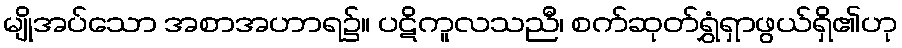
မျိုအပ်သော အစာအဟာရ၌။ ပဋိကူလသညီ၊ စက်ဆုတ်ရွှံရှာဖွယ်ရှိ၏ဟု